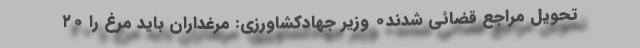
تحویل مراجع قضائی شدند۰ وزیر جهادکشاورزی: مرغداران باید مرغ را ۲۰